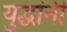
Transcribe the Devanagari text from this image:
युद्धांनी